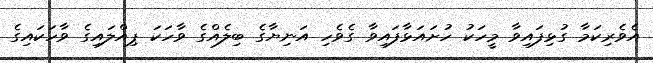
އެވެރިކަމާ ގުޅިފައިވާ މީހަކު ހުށައަޅާފައިވާ ގެވެހި އަނިޔާގެ ބިލެއްގެ ވާހަކަ ޕިއްލައިގެ ވާހަކައިގެ